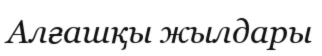
Алғашқы жылдары